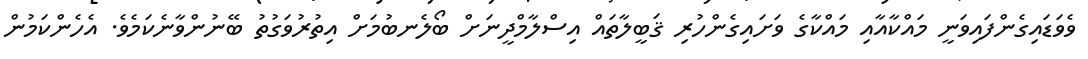
ވެވަޑައިގެންފައިވަނީ މައްކާއާއި މައްކާގެ ވަށައިގެންހުރި ޤަބީލާތައް އިސްލާމްދީނަށް ބޯލެނބުމަށް އިތުރުވަގުތު ބޭނުންވާނެކަމެވެ. އެހެންކަމުން